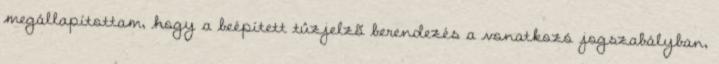
megállapítottam, hogy a beépített tûzjelzõ berendezés a vonatkozó jogszabályban,